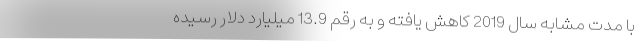
با مدت مشابه سال 2019 کاهش یافته و به رقم 13.9 میلیارد دلار رسیده